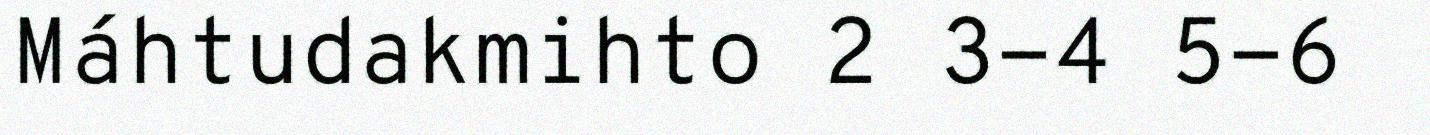
Máhtudakmihto 2 3-4 5-6